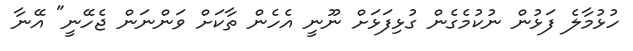
ހުޅުމާލެ ފަޅުން ނުކުމެގެން ގުޅިފަޅަށް ނޫނީ އެހެން ތާކަށް ވަންނަން ޖެހޭނީ" އޭނާ